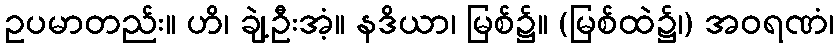
ဥပမာတည်း။ ဟိ၊ ချဲ့ဦးအံ့။ နဒိယာ၊ မြစ်၌။ (မြစ်ထဲ၌၊) အဝရဏံ၊